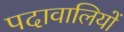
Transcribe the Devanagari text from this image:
पदावालियों